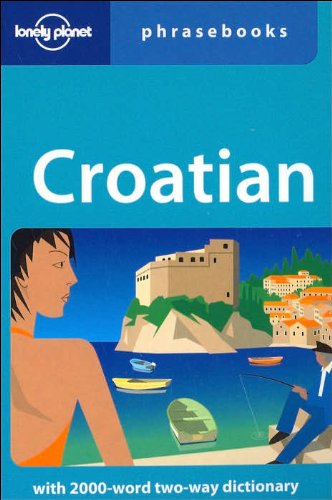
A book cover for Croatian: Lonely Planet Phrasebook; Gordana Ivetac; Travel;